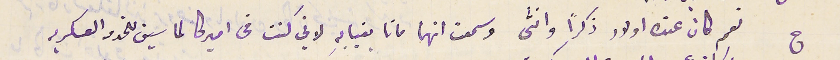
ج نعم كان عنده اولاد ذكرًا وانثى وسمعت انهما ماتا بغيابه لاني كنت في اميركا لما سبق للخدمة العسكريه